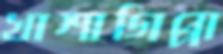
খাশাগিপ্পা